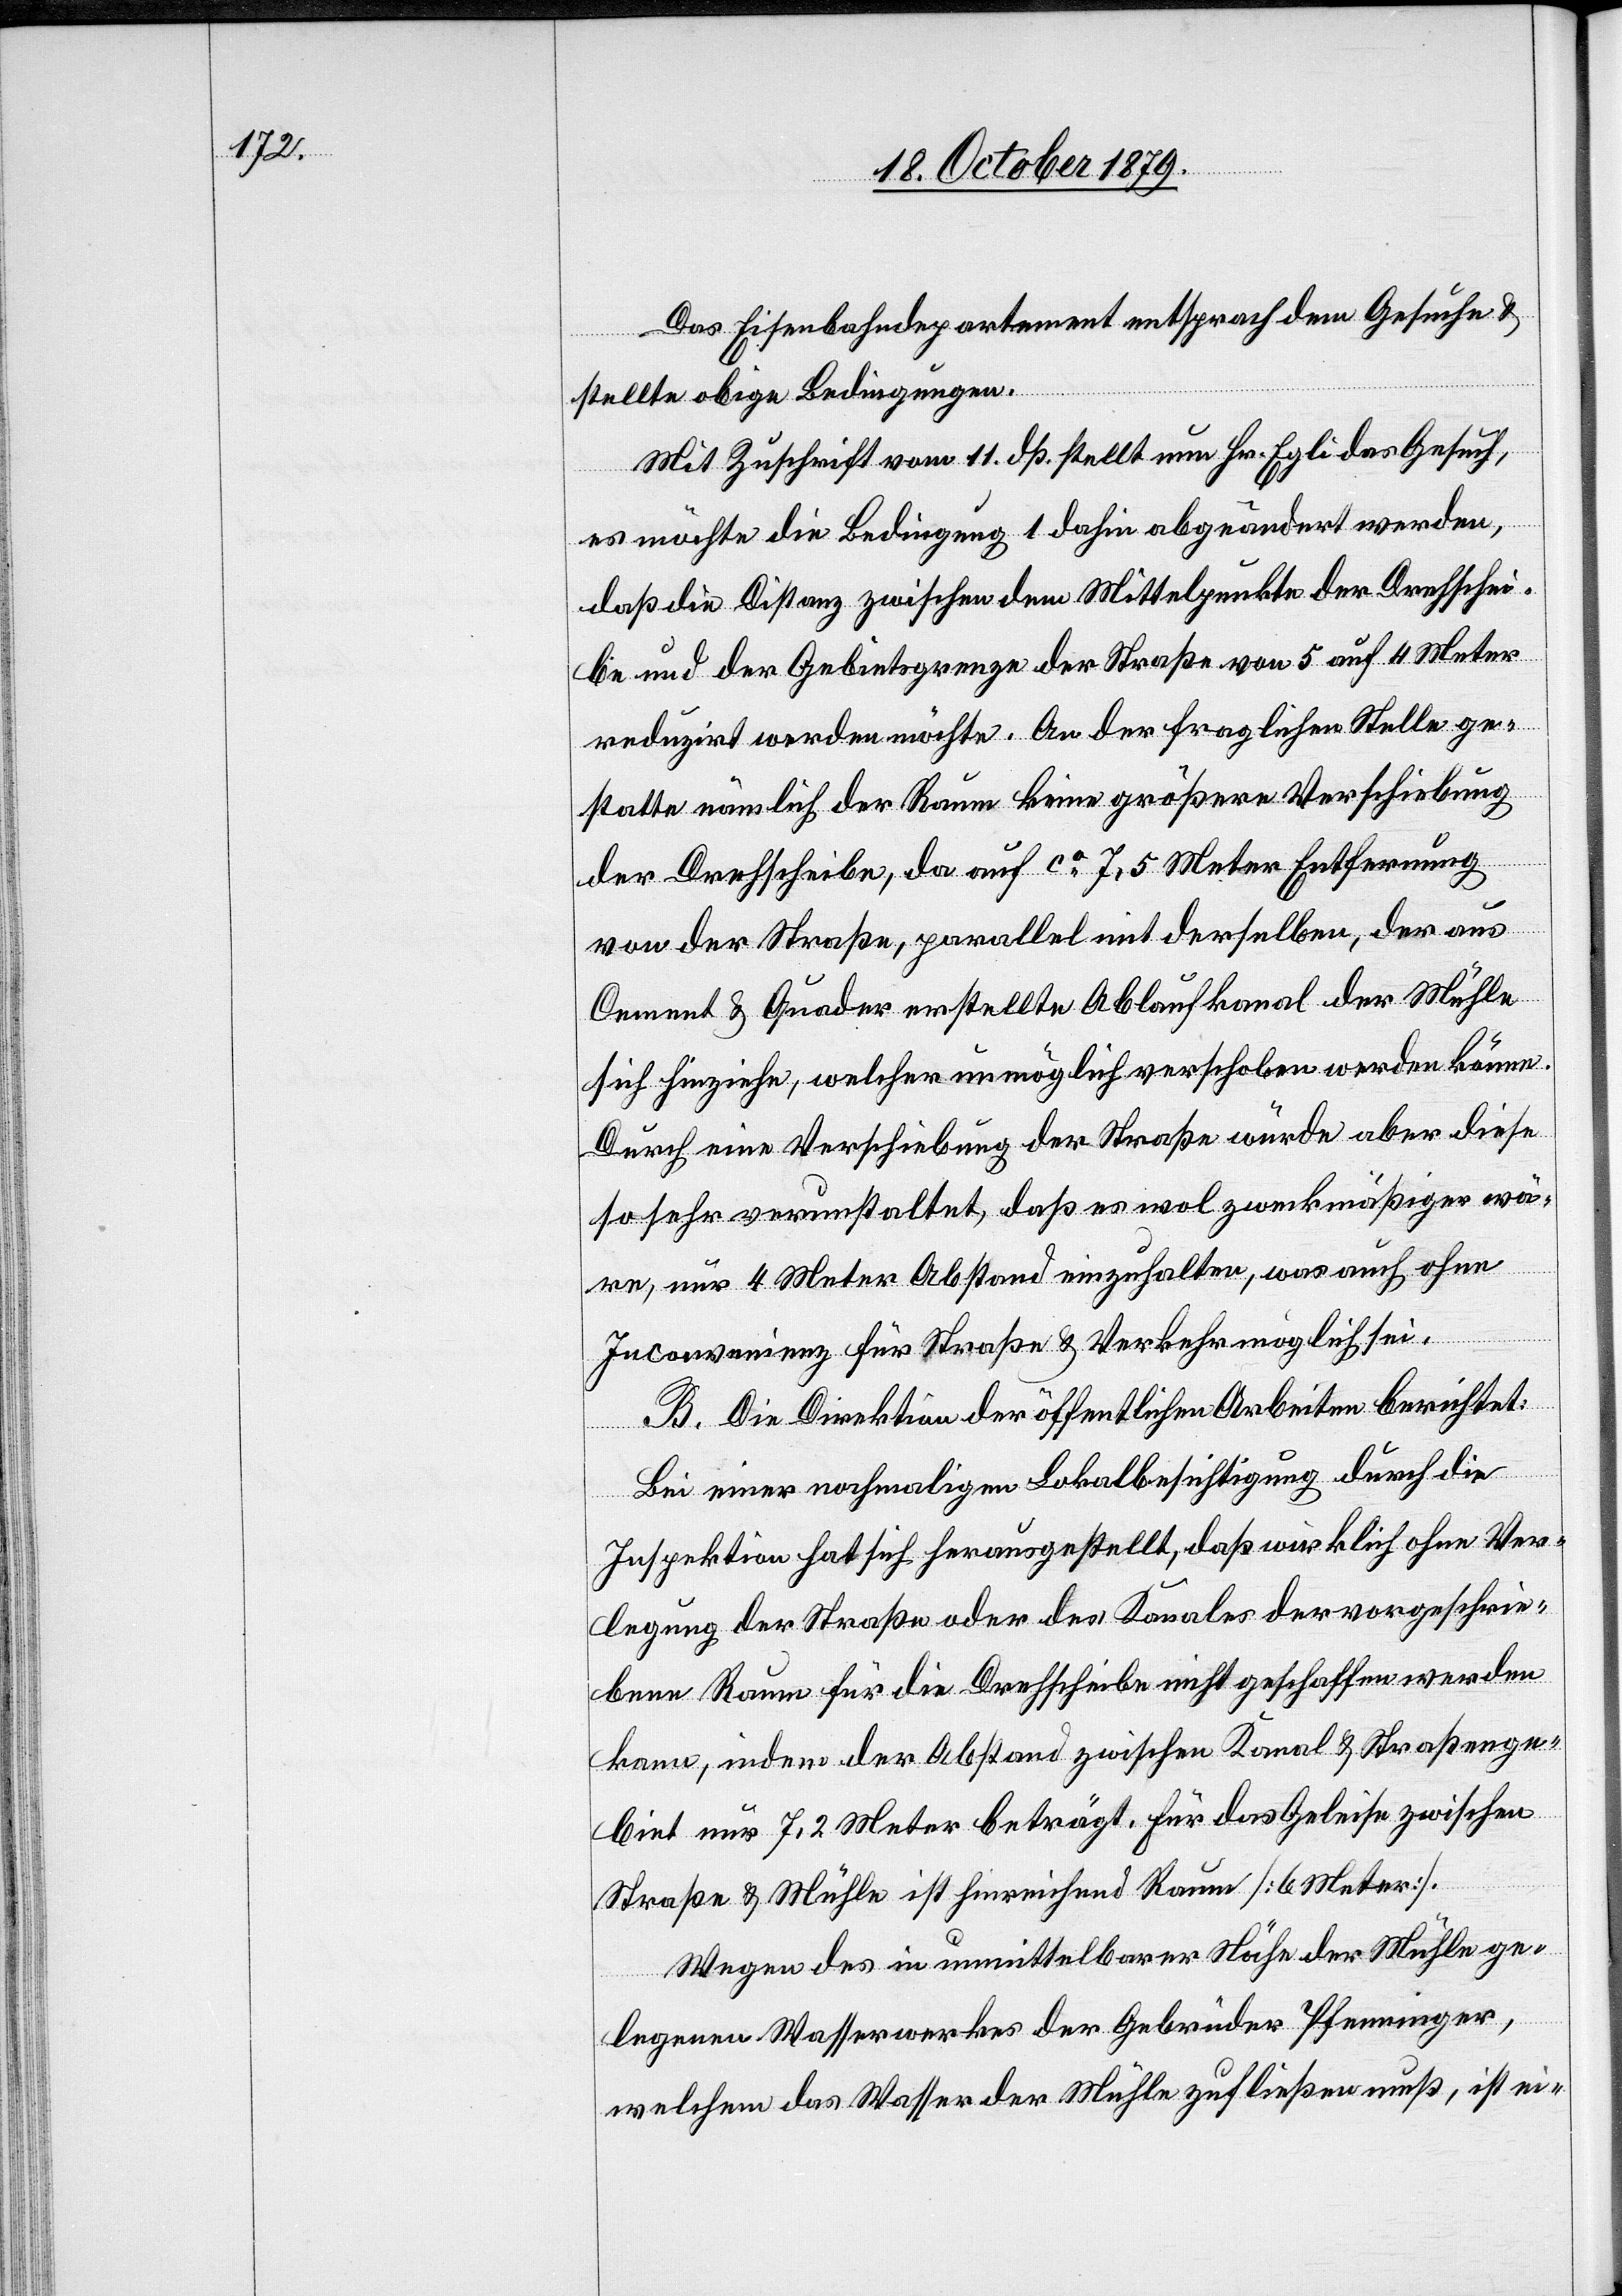
Das Eisenbahndepartement entsprach dem Gesuche &
stellte obige Bedingungen.
Mit Zuschrift vom 11. dß. stellt neu Hr. Egli das Gesuch,
es möchte die Bedingung 1 dahin abgeändert werden,
daß die Distanz zwischen dem Mittelpunkte der Drehschei¬
be und der Gebietsgrenze der Straße von 5 auf 4 Meter
reduzirt werden möchte. An der fraglichen Stelle ge¬
statte nämlich der Raum keine größere Verschiebung
der Drehscheibe, da auf ca 7,5 Meter Entfernung
von der Straße, parallel mit derselben, der aus
Cement & Quader erstellte Ablaufkanal der Mühle
sich hinziehe, welcher unmöglich verschoben werden könne.
Durch eine Verschiebung der Straße würde aber diese
so sehr verunstaltet, daß es wol zweckmäßiger wä¬
re, nur 4 Meter Abstand einzuhalten, was auch ohne
Inconvenienz für Straße & Verkehr möglich sei.
B. Die Direktion der öffentlichen Arbeiten berichtet:
Bei einer nochmaligen Lokalbesichtigung durch die
Inspektion hat sich herausgestellt, daß wirklich ohne Ver¬
lagerung der Straße oder des Kanals der vorgeschrie¬
bene Raum für die Drehscheibe nicht geschaffen werden
kann, indem der Abstand zwischen Kanal & Straßenge¬
biet nur 7,2 Meter beträgt. Für das Geleise zwischen
Straße & Mühle ist hinreichend Raum [6 Meter].
Wegen des in unmittelbarer Höhe der Mühle ge¬
legenen Wasserwerkes der Gebrüder Pfenninger,
welchem das Wasser der Mühle zufließen muß, ist ei-